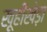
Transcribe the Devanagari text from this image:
खूहीखेड़ा